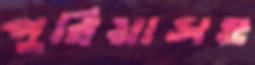
পুরিয়াসহ